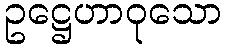
ဥဋ္ဌေဟာဝုသော